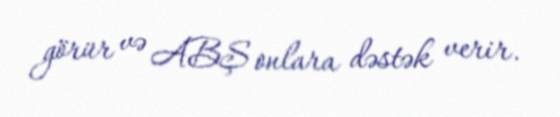
görür və ABŞ onlara dəstək verir.